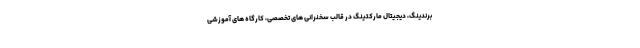
برندینگ، دیجیتال مارکتینگ در قالب سخنرانی های تخصصی، کارگاه های آموزشی